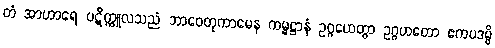
တံ အာဟာရေ ပဋိက္ကူလသညံ ဘာဝေတုကာမေန ကမ္မဋ္ဌာနံ ဥဂ္ဂဟေတွာ ဥဂ္ဂဟတော ဧကပဒမ္ပိ